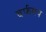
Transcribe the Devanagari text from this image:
बर्फमय